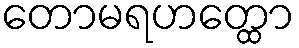
တောမရဟတ္ထော